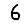
Digit: 6